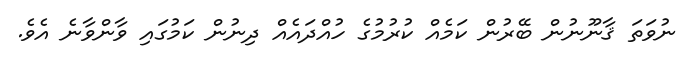
ނުވަތަ ޤާނޫނުން ބޭރުން ކަމެއް ކުރުމުގެ ހުއްދައެއް ދިނުން ކަމުގައި ވާންވާނެ އެވެ.